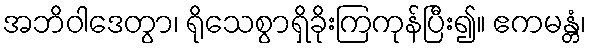
အဘိဝါဒေတွာ၊ ရိုသေစွာရှိခိုးကြကုန်ပြီး၍။ ဧကမန္တံ၊